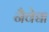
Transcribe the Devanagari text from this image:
नैवेद्या